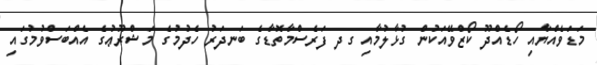
މަޑަވެއްޔާއި ހޯޑެއްދޫ ކޯޒްވޭއަކުން ގުޅާލުމާއި ގދ ފަރެސްމާތޮޑާގެ ބަނދަރު ހެދުމުގެ މަޝްރޫޢުގެ އެއްބަސްވުމުގައި